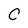
Character: C